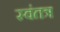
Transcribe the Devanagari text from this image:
स्‍वंतत्र